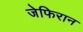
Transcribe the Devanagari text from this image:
जेफिरान